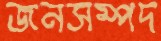
জনসম্পদ